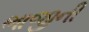
ભાજીની